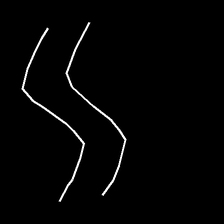
Glyph: float